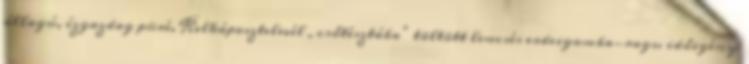
állagú, ízgazdag püré. Kelkáposztelevél „csőtésztába” töltött lencsés erdeigomba-ragu időigény: